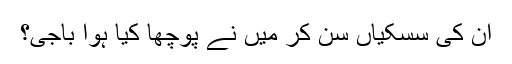
ان کی سسکیاں سن کر میں نے پوچھا کیا ہوا باجی؟